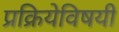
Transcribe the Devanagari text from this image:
प्रक्रियेविषयी